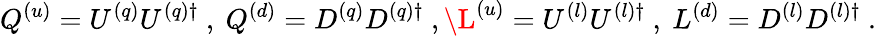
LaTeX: Q^{(u)}=U^{(q)}U^{(q)\dagger}\ ,\ Q^{(d)}=D^{(q)}D^{(q)\dagger}\ ,\L^{(u)}=U^{(l)}U^{(l)\dagger}\ ,\ L^{(d)}=D^{(l)}D^{(l)\dagger}\ .